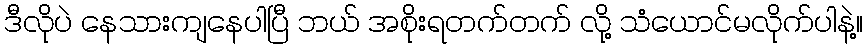
ဒီလိုပဲ နေသားကျနေပါပြီ ဘယ် အစိုးရတက်တက် လို့ သံယောင်မလိုက်ပါနဲ့။